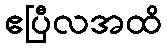
ဧပြီလအထိ